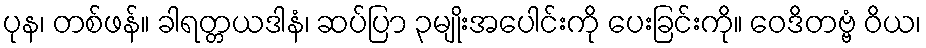
ပုန၊ တစ်ဖန်။ ခါရတ္တယဒါနံ၊ ဆပ်ပြာ ၃မျိုးအပေါင်းကို ပေးခြင်းကို။ ဝေဒိတဗ္ဗံ ဝိယ၊